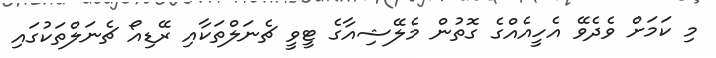
މި ކަމަށް ވެދެވޭ އެހީއެއްގެ ގޮތުން މެލޭޝިއާގެ ޓީވީ ޗެނަލްތަކާއި ރޭޑިއޯ ޗެނަލްތަކުގައި